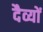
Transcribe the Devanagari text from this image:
दैव्यों